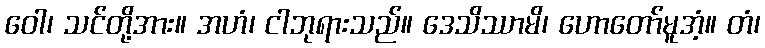
ဝေါ၊ သင်တို့အား။ အဟံ၊ ငါဘုရားသည်။ ဒေသိဿာမိ၊ ဟောတော်မူအံ့။ တံ၊